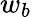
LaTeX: w_{b}